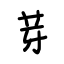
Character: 芽